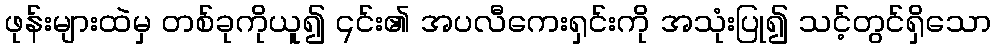
ဖုန်းများထဲမှ တစ်ခုကိုယူ၍ ၎င်း၏ အပလီကေးရှင်းကို အသုံးပြု၍ သင့်တွင်ရှိသော